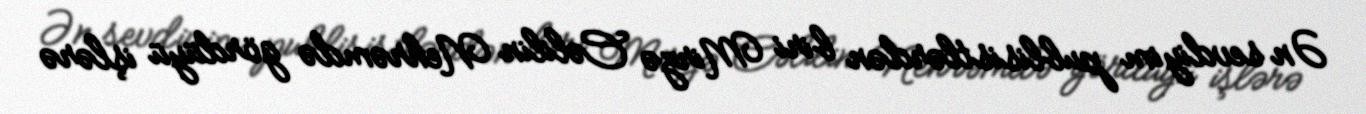
Ən sevdiyim publisistlərdən biri Mirzə Cəlilin Nehrəmdə gördüyü işlərə